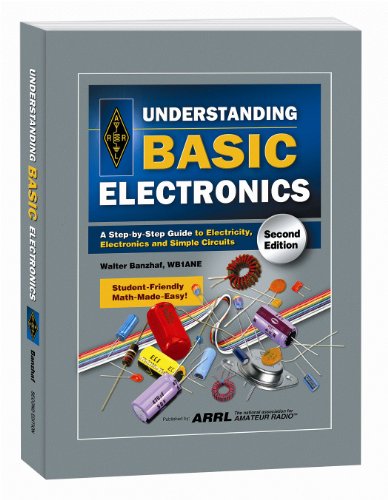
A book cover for Understanding Basic Electronics (Softcover); ARRL Inc.; Engineering & Transportation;